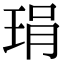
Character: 琄